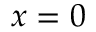
x = 0